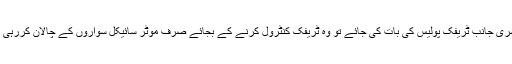
دوسری جانب ٹریفک پولیس کی بات کی جائے تو وہ ٹریفک کنٹرول کرنے کے بجائے صرف موٹر سائیکل سواروں کے چالان کررہی ہے۔